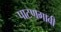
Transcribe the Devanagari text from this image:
पाटणगावी